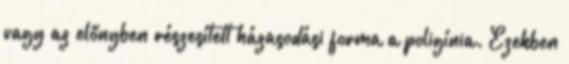
vagy az előnyben részesített házasodási forma a poligínia. Ezekben